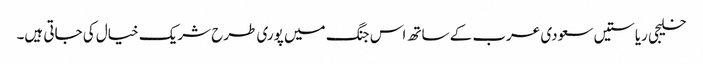
خلیجی ریاستیں سعودی عرب کے ساتھ اس جنگ میں پوری طرح شریک خیال کی جاتی ہیں۔